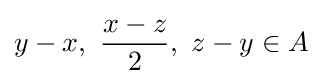
y-x,\ {\frac {x-z}{2}},\ z-y\in A